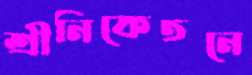
শ্রীনিকেতনে